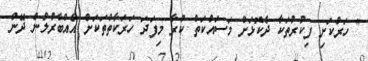
" ހަރުކަށި ފިކުރުތަކާ ދެކޮޅަށް މަސައްކަތް ކުރާ މިފަދަ ހަރަކާތްތަކަށް އެއްބާރުލުން ދޭން